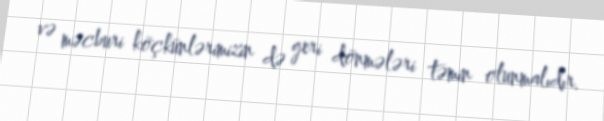
və məcburi köçkünlərimizin də geri dönmələri təmin olunmalıdır.